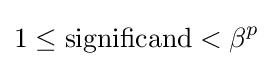
1\leq {\text{significand}}<\beta ^{p}